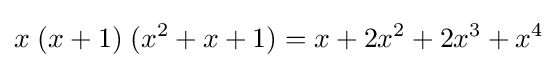
x\;(x+1)\;(x^{2}+x+1)=x+2x^{2}+2x^{3}+x^{4}